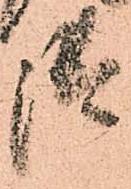
御